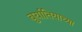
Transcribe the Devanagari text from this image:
बुर्यातियाच्या